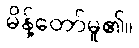
မိန့်တော်မူ၏။